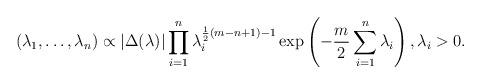
LaTeX: \begin{align*}(\lambda_1, \dots, \lambda_n) \propto |\Delta(\lambda)| \prod_{i = 1}^n \lambda_i^{\frac12(m - n + 1) - 1} \exp\left( - \frac {m}2\sum_{i = 1}^n \lambda_i \right), \lambda_i > 0.\end{align*}